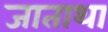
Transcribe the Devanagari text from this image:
जाताथा